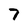
Character: 7